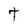
Character: t